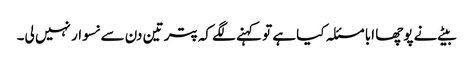
بیٹے نے پوچھا ابا مسئلہ کیا ہے تو کہنے لگے کہ پتر تین دن سے نسوار نہیں لی۔